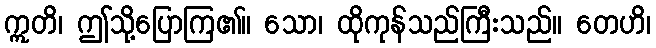
ဣတိ၊ ဤသို့ပြောကြ၏။ သော၊ ထိုကုန်သည်ကြီးသည်။ တေဟိ၊